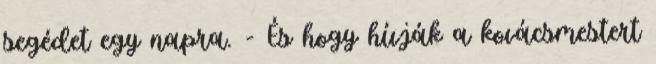
segédet egy napra. - És hogy hívják a kovácsmestert